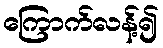
ကြောက်လန့်၍